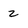
Character: z